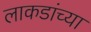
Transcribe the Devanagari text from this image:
लाकडांच्या